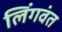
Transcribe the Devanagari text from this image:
लिंगवंत